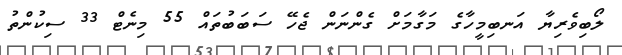
ލޯބިވެރިޔާ އަނބިމީހާގެ މަގާމަށް ގެންނަން ޖެހޭ ސަބަބުތައް 55 މިނެޓް 33 ސިކުންތު